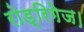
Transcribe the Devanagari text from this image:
रोड्रिगेज।